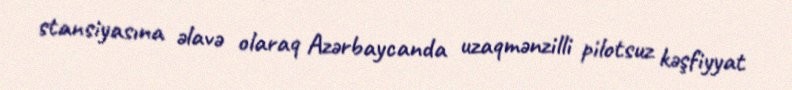
stansiyasına əlavə olaraq Azərbaycanda uzaqmənzilli pilotsuz kəşfiyyat